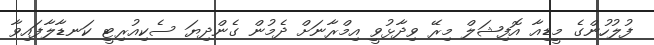
ފުލުހުންގެ މީޑިއާ އޮފިޝަލް މިރޭ ވިދާޅުވީ އިމްރާނަށް ދެމުން ގެންދިޔަ ސެކިއުރިޓީ ކަނޑާލާފައިވާ